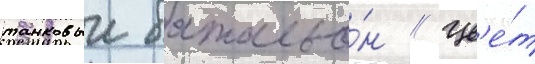
танковыи батальо́н // Цв'е́т